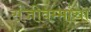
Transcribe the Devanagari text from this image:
संजीवम्मांचा